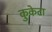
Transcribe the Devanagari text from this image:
कुकेटा